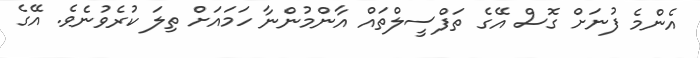
އެންމެ ފުނަށް ގޮސް އޭގެ ތަފްސީލްތައް އާންމުންނާ ހަމައަށް ތިލަ ކުރެވުނެވެ. އޭގެ